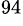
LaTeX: ^{94}